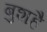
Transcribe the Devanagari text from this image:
बुशहै